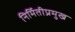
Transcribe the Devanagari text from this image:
निर्मितीप्रमुख